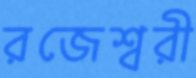
রজেশ্বরী